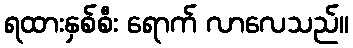
ရထားနှစ်စီး ရောက် လာလေသည်။